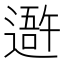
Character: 𨖍